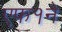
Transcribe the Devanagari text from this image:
एफ१ने